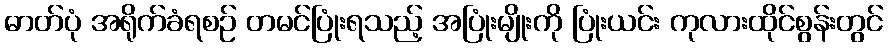
ဓာတ်ပုံ အရိုက်ခံရစဉ် တမင်ပြုံးရသည့် အပြုံးမျိုးကို ပြုံးယင်း ကုလားထိုင်စွန်းတွင်